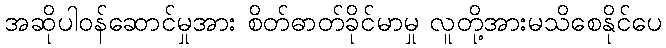
အဆိုပါဝန်ဆောင်မှုအား စိတ်ဓာတ်ခိုင်မာမှု လူတို့အားမသိစေနိုင်ပေ